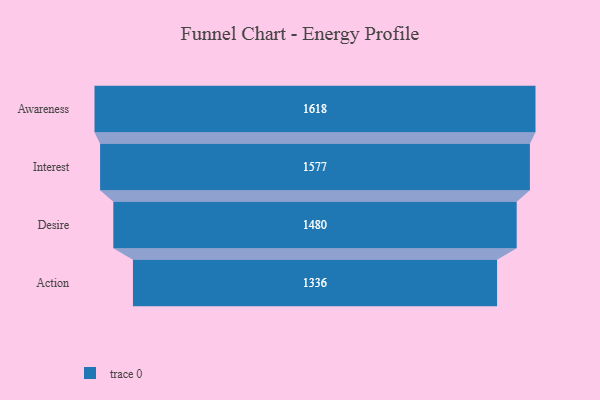
{"axis": {"x": "Stage", "y": "Value"}, "legend": [""], "data": [{"x": "Awareness", "y": 1618.0, "type": ""}, {"x": "Interest", "y": 1577.0, "type": ""}, {"x": "Desire", "y": 1480.0, "type": ""}, {"x": "Action", "y": 1336.0, "type": ""}]}